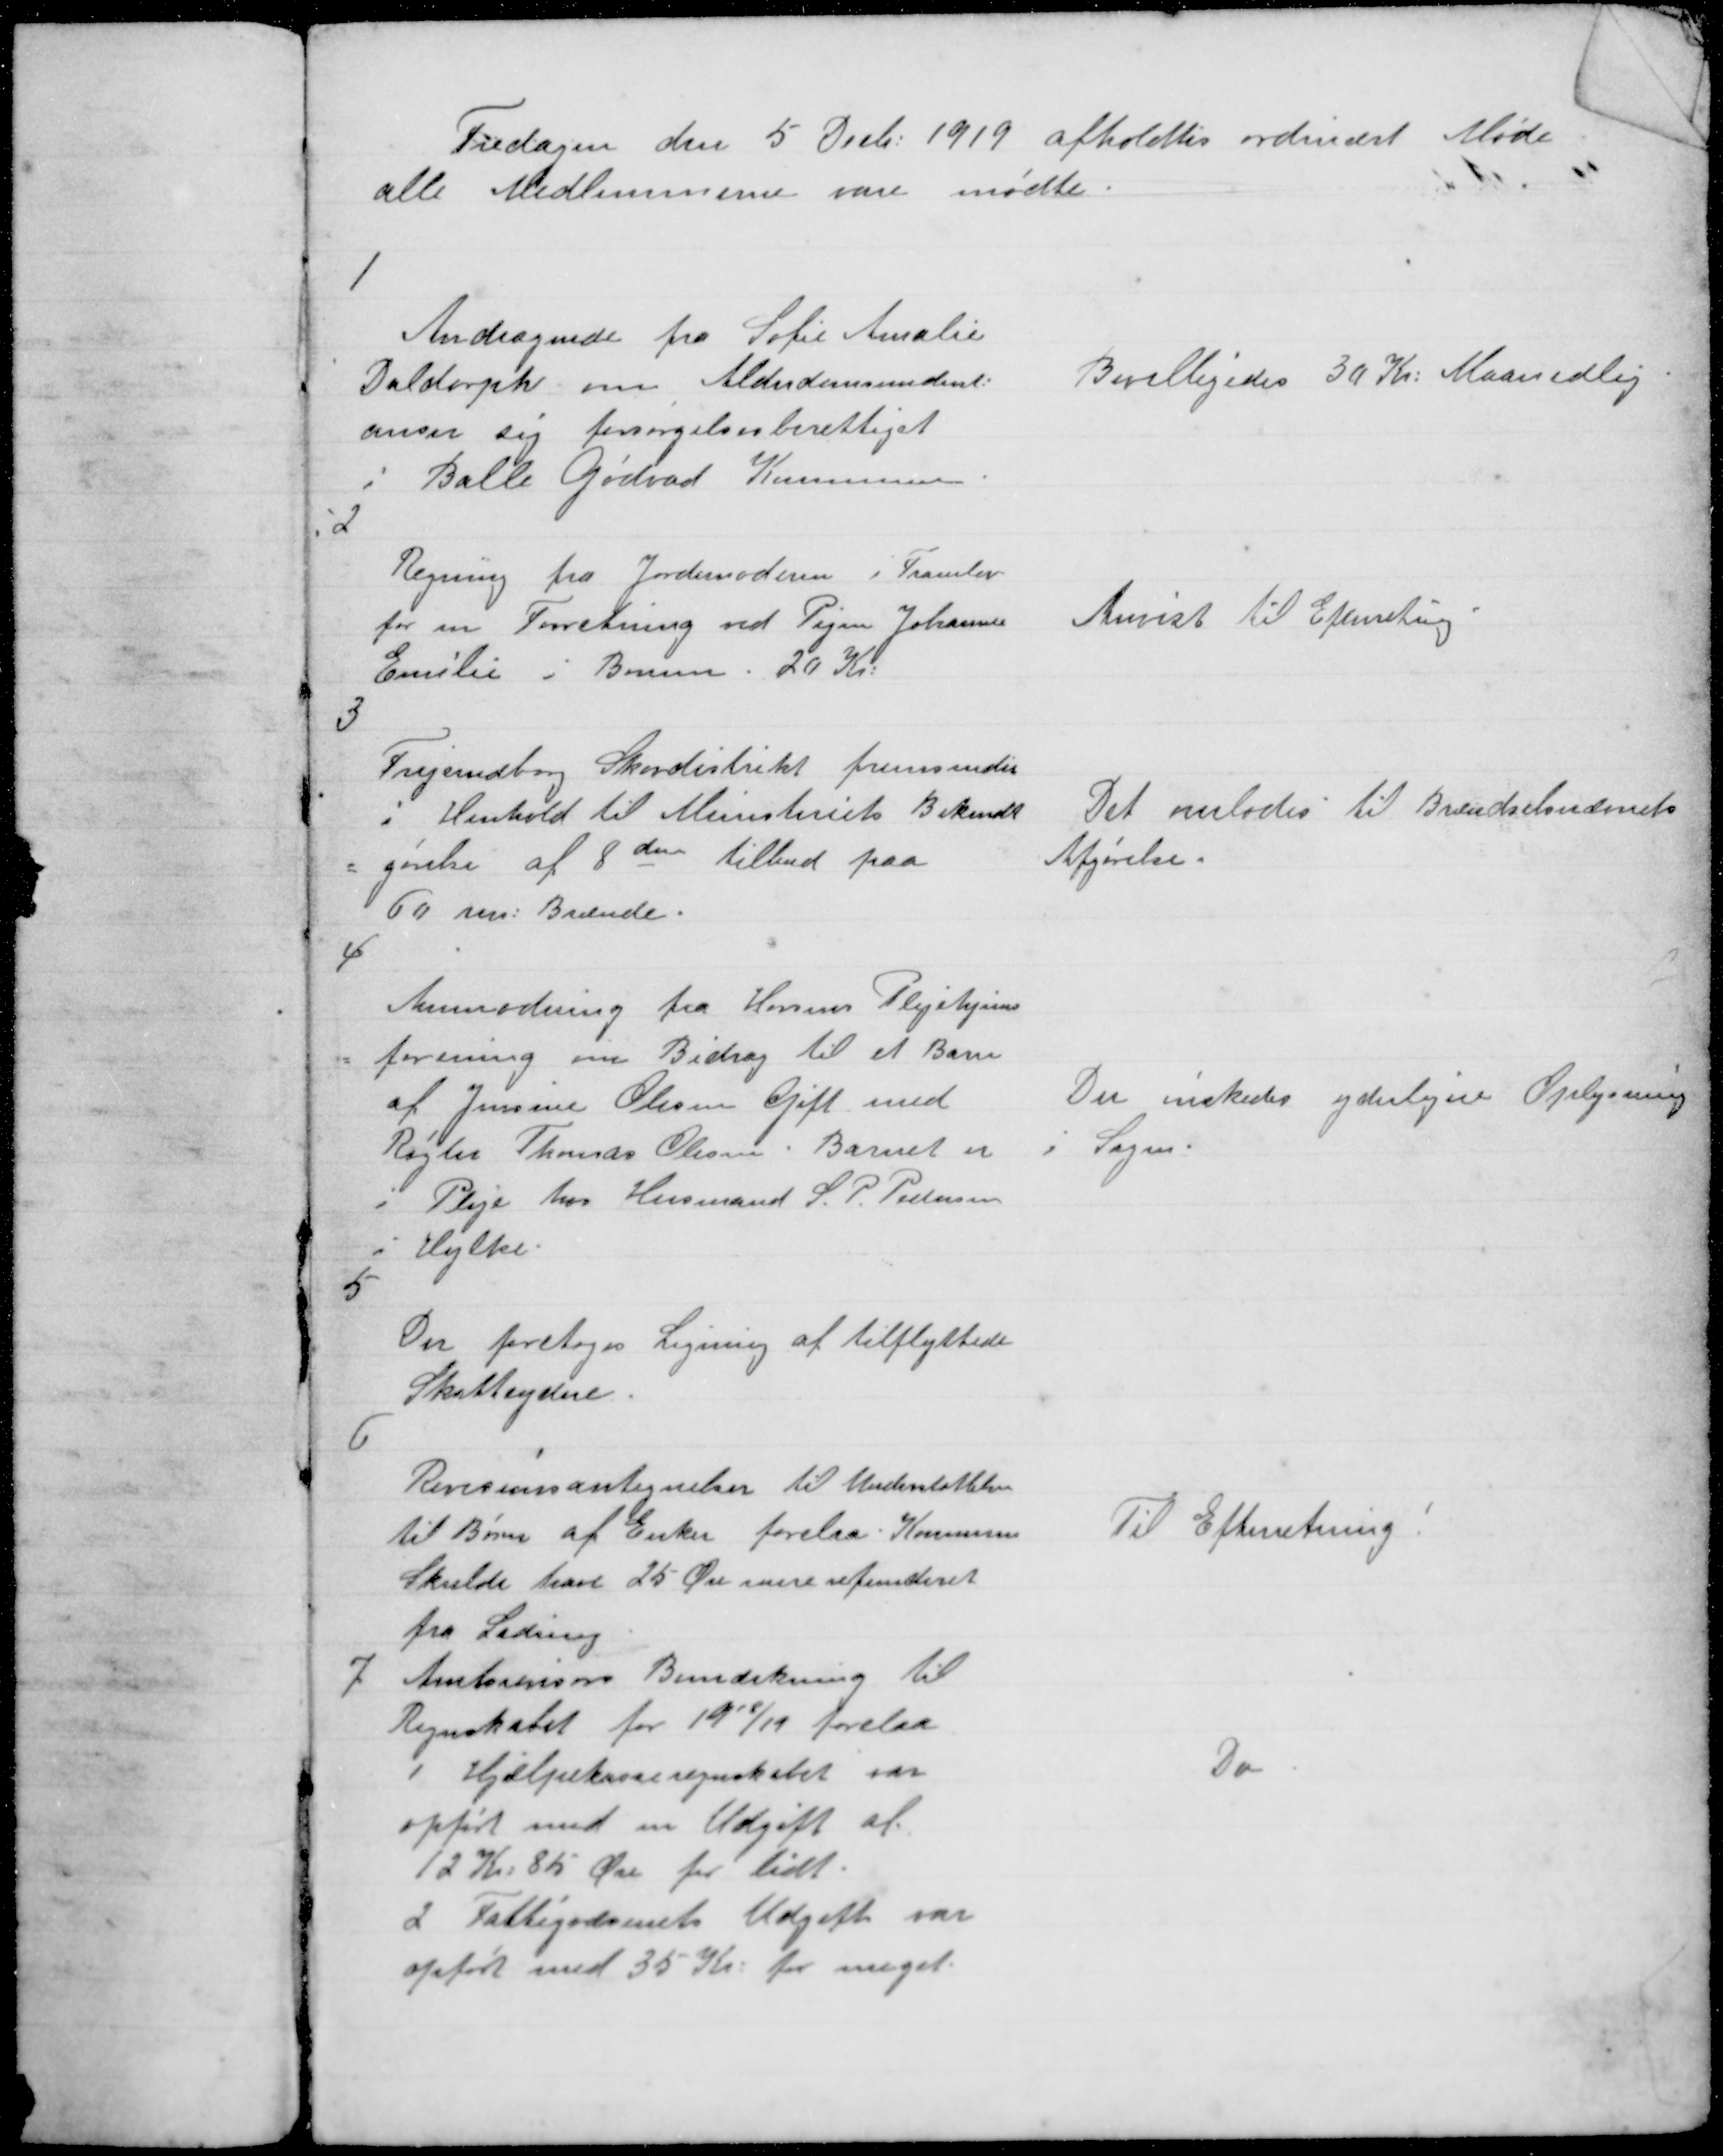
Transskription:
Tirsdagen den Decb: 1919 afholdtes ordinært Møde
alle Medlemmer vare mødte.

1

Andragende fra Sofie Amalie
Daldorph om Alderdomsunderst:
anser sig forsørgelsesberettiget
i Balle Gødvad Kommune.

Bevilligedes 30 Kr: Maanedlig

2

Regning fra Jordemoderen i Framlev
for en Forretning ved Pigen Johannne
Emilie i Borum 20 Kr.

Anvist til Efterretnig

3

Frijsendborg Skovdistrikt fremsender
i Henhold til Ministeriets Bekendt
= gørelse af den 8 de tilbud paa
60 rum: Brænde.

Det overlodes til Brændselsnævnets
Afgørelse.

4

Anmodning fra Horsens Plejehjems
= forening om Bidrag til et Barn
af Jensine Olesen Gift med
Røgter Thomas Olesen. Barnet er
i Pleje hoa Husmand S P Pedersen
i Hylke.

Der ønskedes yderligere Oplysning
i Sagen.

5

Der foretoges Ligning af tilflyttede
Skatteydere.

6

Revisionsantegnelser til Understøttelse
til Børn af Enker forelaa. Kommunen
Skulde have 25 Øre mere refunderet
fra Lading.

Til Efterretning

7

Amtsrevisors Bemærkning til
Regnskabet for 19 18/19 forelaa
1 Hjælpekasseregnskabet var
opført med en Udgift af
12 Kr: 85 Øre for lidt.
2 Fattigvæsenets Udgift var
opført med 35 Kr: for meget.

Do